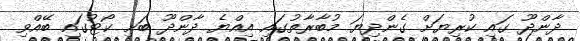
ދާންދޫ ގައި ކުރިޔަށް ގެންދިޔަ މުބާރާތުގައި އިއްޔެ ދާންދޫ ބަށި ކޯޓުގައި ބޭއްވި